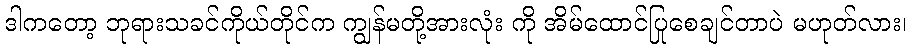
ဒါကတော့ ဘုရားသခင်ကိုယ်တိုင်က ကျွန်မတို့အားလုံး ကို အိမ်ထောင်ပြုစေချင်တာပဲ မဟုတ်လား၊